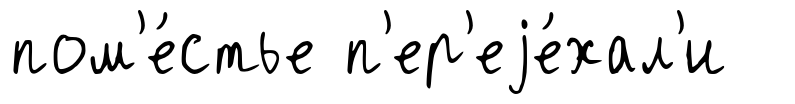
пом'е́стье п'ер'еjе́хал'и